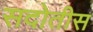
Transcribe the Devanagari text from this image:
सदोतीस